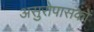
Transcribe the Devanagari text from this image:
असुरोपासकों